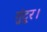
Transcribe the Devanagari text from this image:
गुंटूर।